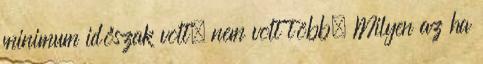
minimum időszak volt, nem volt több. Milyen az ha